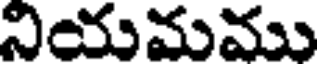
నియమము